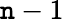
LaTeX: \mathtt{n}-1